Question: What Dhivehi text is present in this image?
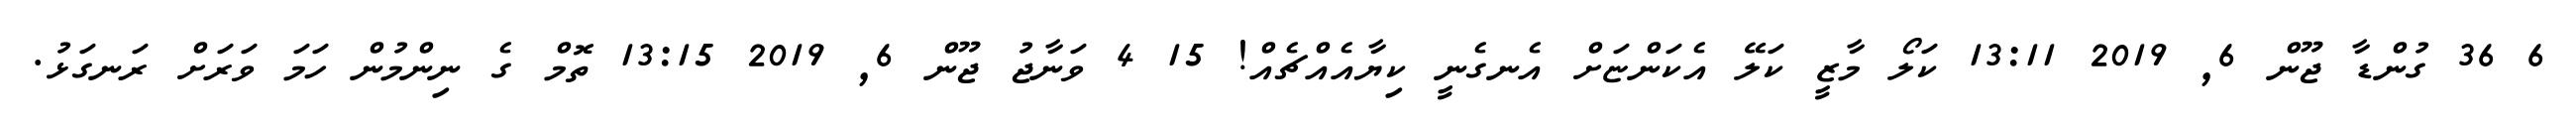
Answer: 6 36 ގުންޑާ ޖޫން 6, 2019 13:11 ކަލޯ މާޒީ ކަލޭ އެކަންޏަށް އެނގެނީ ކިޔާއެއްޗެއް! 15 4 ވަނާޖު ޖޫން 6, 2019 13:15 ތޮމް ގެ ނިންމުން ހަމަ ވަރަށް ރަނގަޅު.